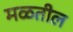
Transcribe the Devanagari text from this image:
मळतील